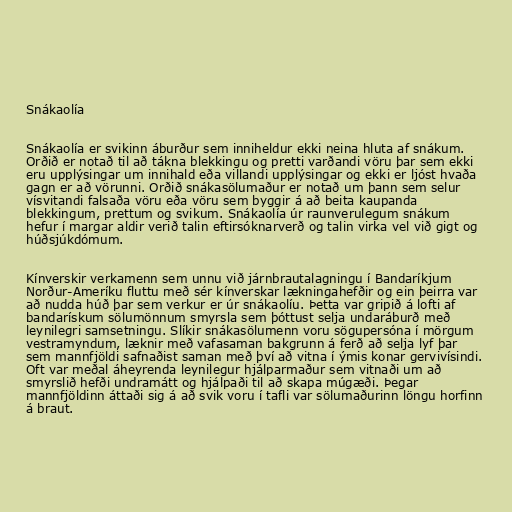
Snákaolía

Snákaolía er svikinn áburður sem inniheldur ekki neina hluta af snákum.
Orðið er notað til að tákna blekkingu og pretti varðandi vöru þar sem ekki
eru upplýsingar um innihald eða villandi upplýsingar og ekki er ljóst hvaða
gagn er að vörunni. Orðið snákasölumaður er notað um þann sem selur
vísvitandi falsaða vöru eða vöru sem byggir á að beita kaupanda
blekkingum, prettum og svikum. Snákaolía úr raunverulegum snákum
hefur í margar aldir verið talin eftirsóknarverð og talin virka vel við gigt og
húðsjúkdómum.

Kínverskir verkamenn sem unnu við járnbrautalagningu í Bandaríkjum
Norður-Ameríku fluttu með sér kínverskar lækningahefðir og ein þeirra var
að nudda húð þar sem verkur er úr snákaolíu. Þetta var gripið á lofti af
bandarískum sölumönnum smyrsla sem þóttust selja undaráburð með
leynilegri samsetningu. Slíkir snákasölumenn voru sögupersóna í mörgum
vestramyndum, læknir með vafasaman bakgrunn á ferð að selja lyf þar
sem mannfjöldi safnaðist saman með því að vitna í ýmis konar gervivísindi.
Oft var meðal áheyrenda leynilegur hjálparmaður sem vitnaði um að
smyrslið hefði undramátt og hjálpaði til að skapa múgæði. Þegar
mannfjöldinn áttaði sig á að svik voru í tafli var sölumaðurinn löngu horfinn
á braut.